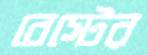
বেস্টের